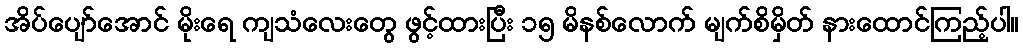
အိပ်ပျော်အောင် မိုးရေ ကျသံလေးတွေ ဖွင့်ထားပြီး ၁၅ မိနစ်လောက် မျက်စိမှိတ် နားထောင်ကြည့်ပါ။